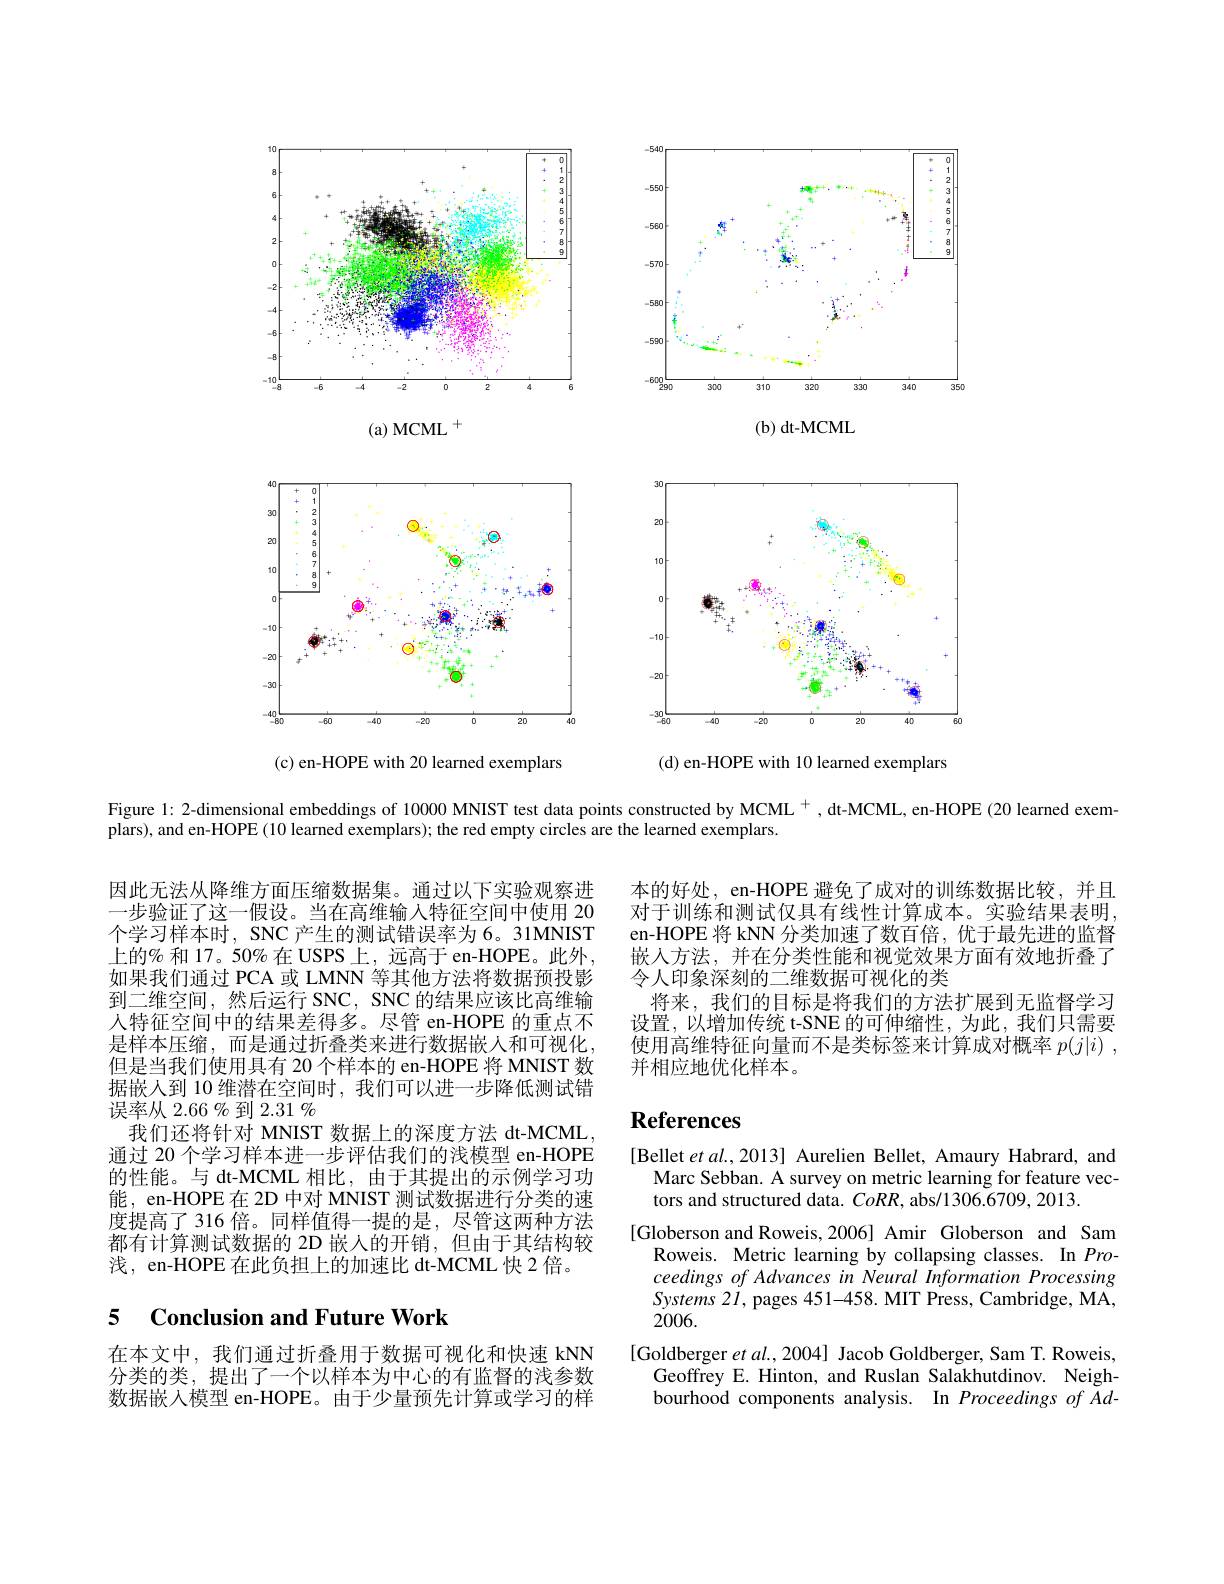
<FigureHere>

Figure 1: 2-dimensional embeddings of 10000 MNIST test data points constructed by MCML $^{+}$ , dt-MCML, en-HOPE (20 learned exem-

plars), and en-HOPE (10 learned exemplars); the red empty circles are the learned exemplars.

本的好处，en-HOPE 避免了成对的训练数据比较，并且对于训练和测试仅具有线性计算成本。实验结果表明， en-HOPE 将 kNN 分类加速了数百倍，优于最先进的监督嵌人方法，并在分类性能和视觉效果方面有效地折叠了令人印象深刻的二维数据可视化的类
将来，我们的目标是将我们的方法扩展到无监督学习设置，以增加传统 t-SNE 的可伸缩性，为此，我们只需要使用高维特征向量而不是类标签来计算成对概率$p( j| i)$ , 并相应地优化样本。

因此无法从降维方面压缩数据集。通过以下实验观察进一步验证了这一假设。当在高维输入特征空间中使用 20个学习样本时，SNC 产生的测试错误率为 6。31MNIST 上的% 和 17。50% 在 USPS 上，远高于 en-HOPE。此外， 如果我们通过 PCA 或 LMNN 等其他方法将数据预投影到二维空间，然后运行 SNC, SNC 的结果应该比高维输人特征空间中的结果差得多。尽管 en-HOPE 的重点不是样本压缩，而是通过折叠类来进行数据嵌人和可视化， 但是当我们使用具有 20 个样本的 en-HOPE 将 MNIST 数据嵌人到 10 维潜在空间时，我们可以进一步降低测试错误率从 2.66 % 到 2.31 %
我们还将针对 MNIST 数据上的深度方法 dt-MCML, 通过 20 个学习样本进一步评估我们的浅模型 en-HOPE 的性能。与 dt-MCML 相比，由于其提出的示例学习功能，en-HOPE 在 2D 中对 MNIST 测试数据进行分类的速度提高了 316 倍。同样值得一提的是，尽管这两种方法都有计算测试数据的 2D 嵌人的开销，但由于其结构较浅，en-HOPE 在此负担上的加速比 dt-MCML 快 2 倍。

# References

[Bellet $etal.,2013]$ Aurelien Bellet, Amaury Habrard, and
Marc Sebban. A survey on metric learning for feature vec-
tors and structured data. $CoRR$, abs/1306.6709, 2013.
[Globerson and Roweis,2006] Amir Globerson and Sam
Roweis. Metric learning by collapsing classes. In Proceedings of Advances in Neural Information Processing $Systems~2I$, pages 451-458. MIT Press, Cambridge, MA, 2006.
[Goldberger $etal.,2004]$ Jacob Goldberger, Sam T. Roweis,
Geoffrey E. Hinton, and Ruslan Salakhutdinov. Neighbourhood components analysis. In Proceedings of Kd-

# 5 Conclusion and Future Work

在本文中，我们通过折叠用于数据可视化和快速 kNN 分类的类，提出了一个以样本为中心的有监督的浅参数数据嵌入模型 en-HOPE。由于少量预先计算或学习的样